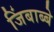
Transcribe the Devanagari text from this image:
जिंबाब्बे